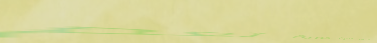
أهل الخير جمعية خيرية تعم